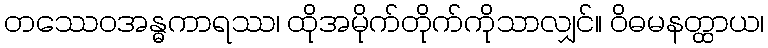
တဿေဝအန္ဓကာရဿ၊ ထိုအမိုက်တိုက်ကိုသာလျှင်။ ဝိဓမနတ္ထာယ၊